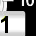
Digit: 1